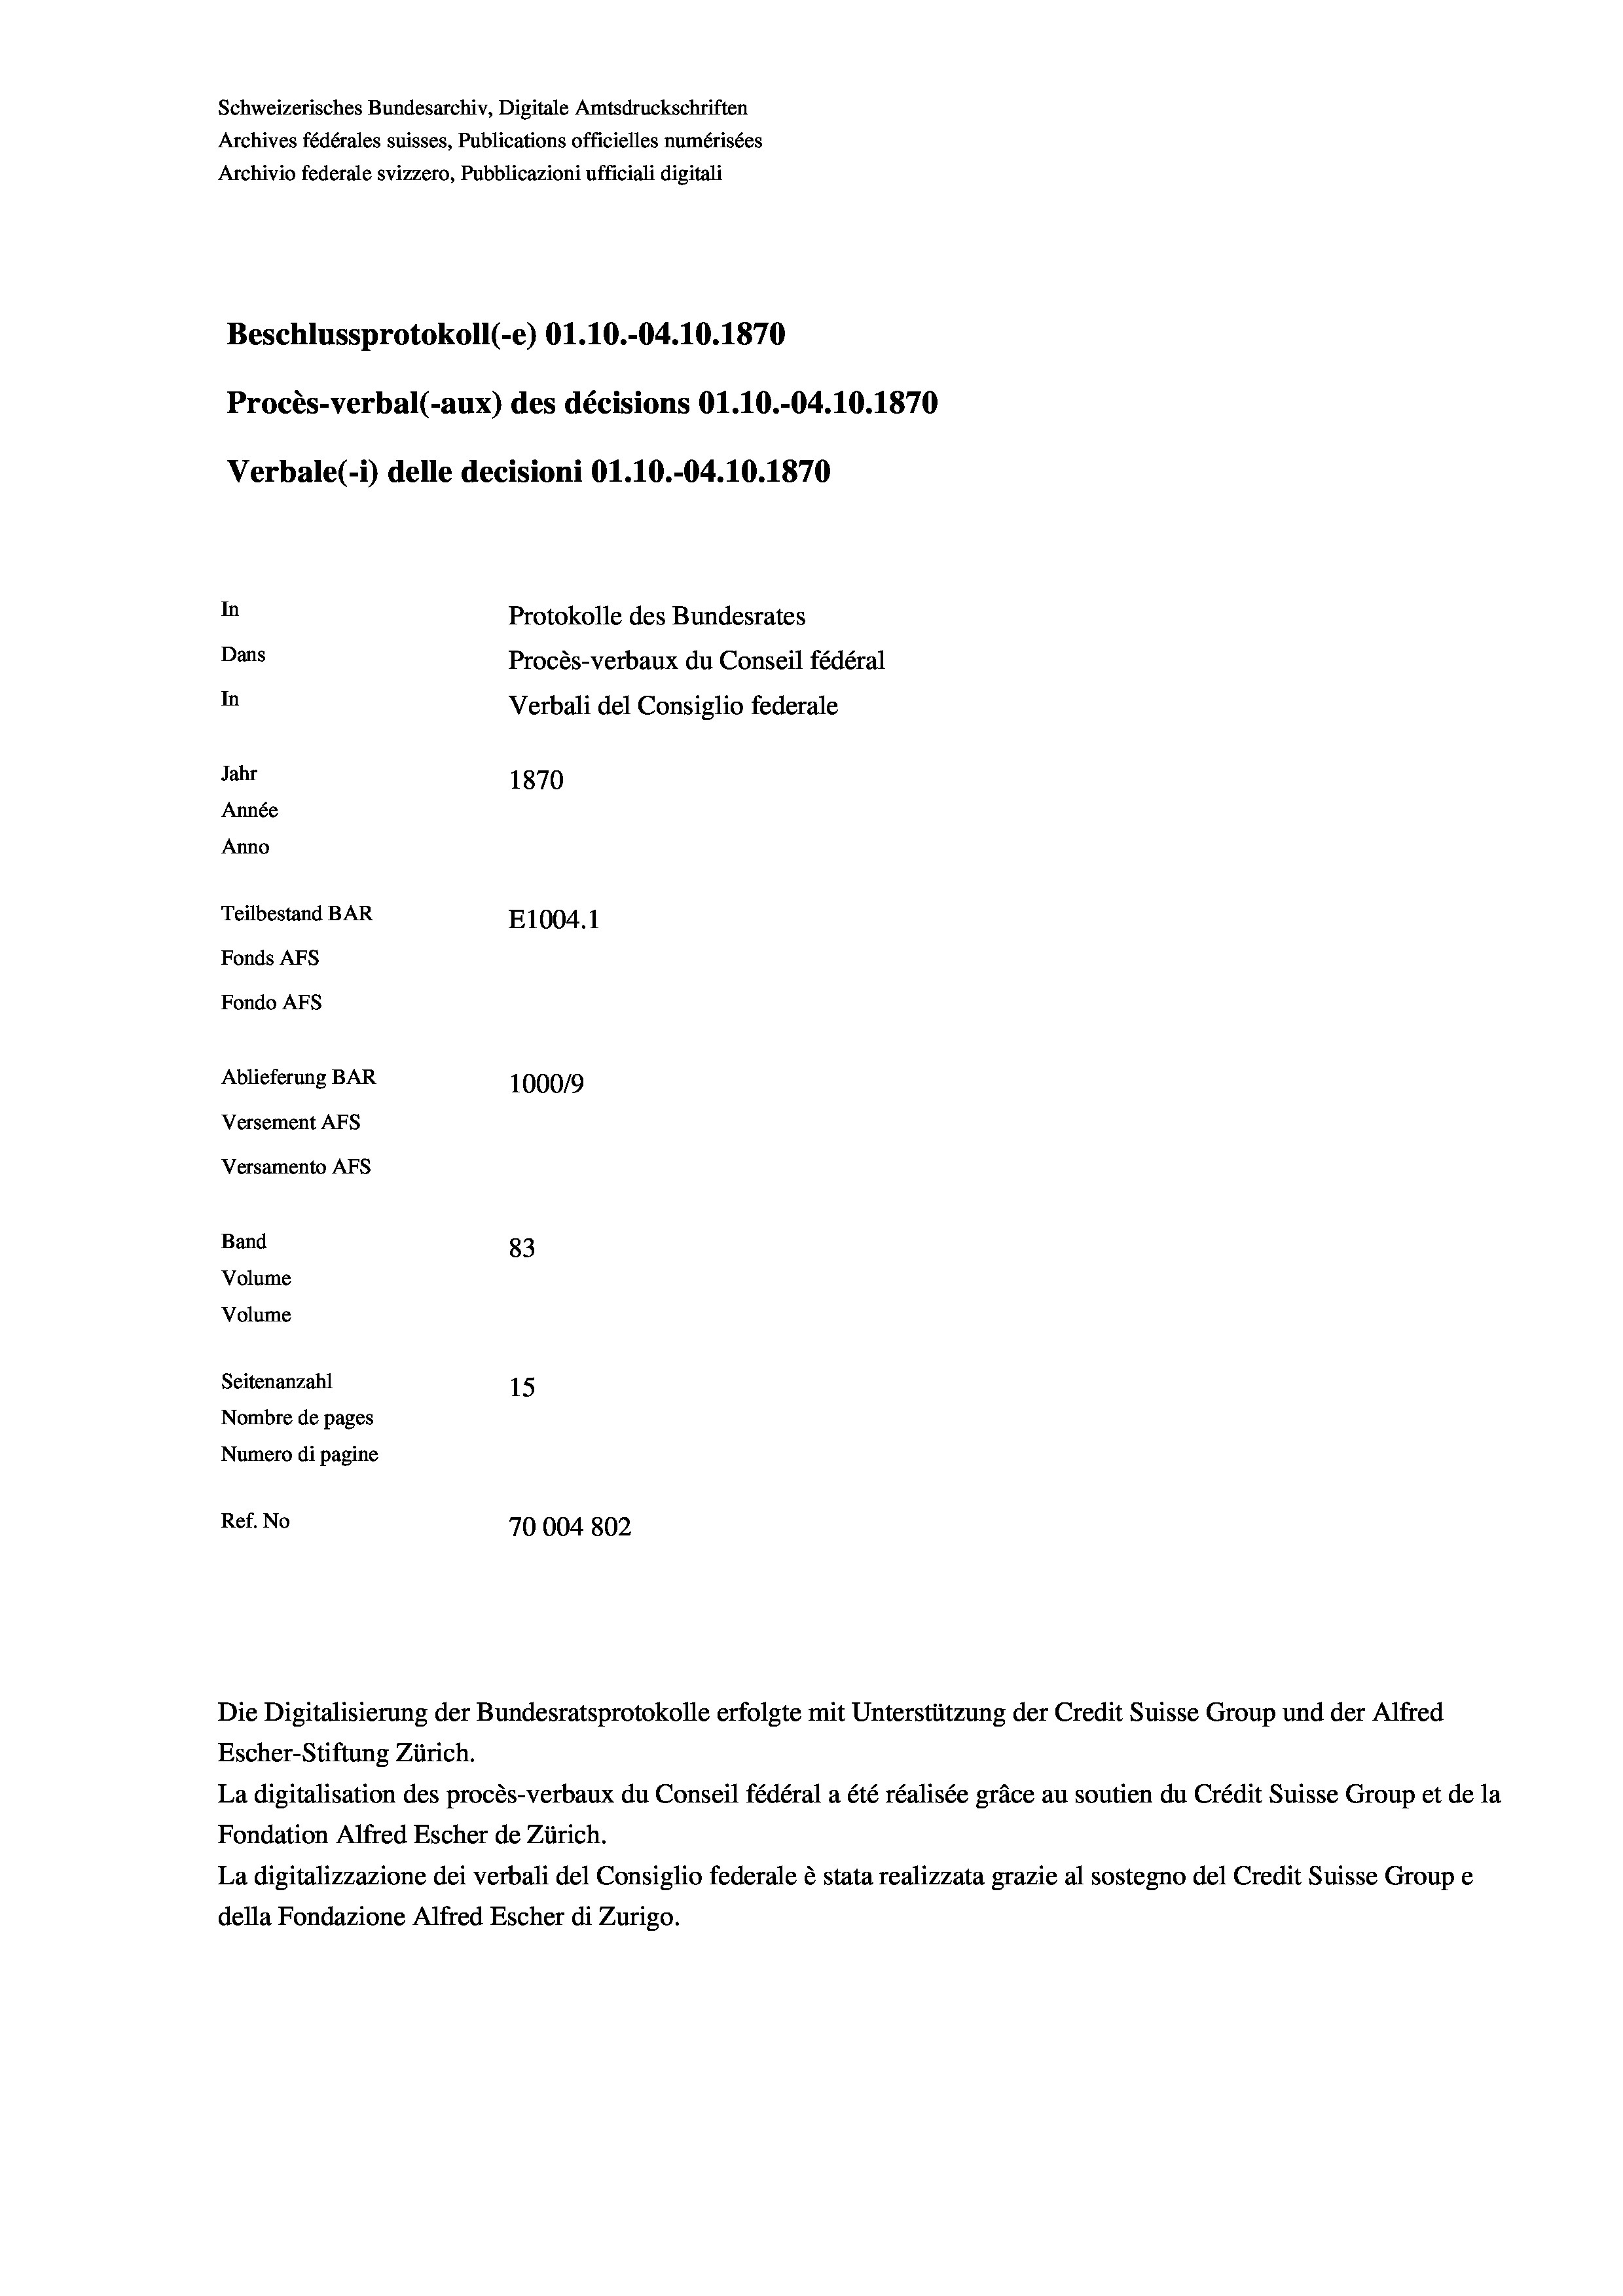
Schweizerisches Bundesarchiv, Digitale Amtsdruckschriften
Archives fédérales suisses, Publications officielles numérisées
Archivio federale svizzero, Pubblicazioni ufficiali digitali
Beschlussprotokoll (-e) O1.10.-04.10.1870
Procès-verbal (-aux) des décisions O1.10.-04.10.1870
Verbale (- 1) delle decisioni O1.10.-04.10.1870
In
Protokolle des Bundesrates
Dans
Procès-verbaux du Conseil fédéral
In
Verbali del Consiglio federale
Jahr
1870
Année
Anno
Teilbestand BAR
E1004. 1
Fonds AFs
Fondo AFS
Ablieferung BAR
100019
Versement Ans
Versamento Afs
Band
83
Volume
Volume
Seitenanzahl
15
Nombre de pages
Numero di pagine
Ref. No
70004 802

Escher-Stiftung Zürich.
La digitalisation des procès-verbaux du Conseil fédéral a été réalisée gräce au soutien du Crédit Suisse Group et de la
Fondation Alfred Escher de Zürich.
La digitalizzazione dei verbali del Consiglio federale è stata realizzata grazie al sostegno del Credit Suisse Groupe
della Fondazione Alfred Escher di Zurigo.

Die Digitalisierung der Bundesratsprotokolle erfolgte mit Unterstützung der Credit Suisse Group und der Alfred